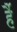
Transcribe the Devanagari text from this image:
र्है